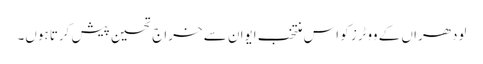
لودھراں کے ووٹرز کو اس منتخب ایوان سے خراج تحسین پیش کرتا ہوں۔